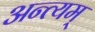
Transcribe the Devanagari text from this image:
अन्त्यम्